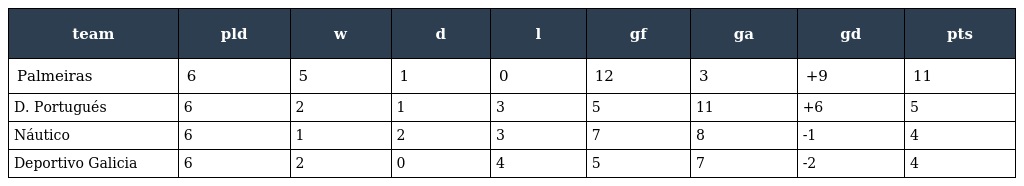
| team | pld | w | d | l | gf | ga | gd | pts |
 | --- | --- | --- | --- | --- | --- | --- | --- | --- |
 | Palmeiras | 6 | 5 | 1 | 0 | 12 | 3 | +9 | 11 |
 | D. Portugués | 6 | 2 | 1 | 3 | 5 | 11 | +6 | 5 |
 | Náutico | 6 | 1 | 2 | 3 | 7 | 8 | -1 | 4 |
 | Deportivo Galicia | 6 | 2 | 0 | 4 | 5 | 7 | -2 | 4 |